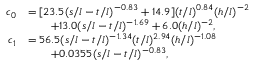
\begin{array} { r l } { c _ { 0 } } & { = [ 2 3 . 5 ( s / l - t / l ) ^ { - 0 . 8 3 } + 1 4 . 9 ] ( t / l ) ^ { 0 . 8 4 } ( h / l ) ^ { - 2 } } \\ & { \qquad + 1 3 . 0 ( s / l - t / l ) ^ { - 1 . 6 9 } + 6 . 0 ( h / l ) ^ { - 2 } , } \\ { c _ { 1 } } & { = 5 6 . 5 ( s / l - t / l ) ^ { - 1 . 3 4 } ( t / l ) ^ { 2 . 9 4 } ( h / l ) ^ { - 1 . 0 8 } } \\ & { \qquad + 0 . 0 3 5 5 ( s / l - t / l ) ^ { - 0 . 8 3 } , } \end{array}